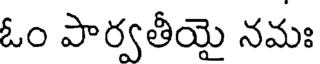
ఓం పార్వతీయై నమః